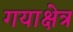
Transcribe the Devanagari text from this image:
गयाक्षेत्र